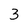
Character: 3